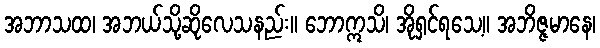
အဘာသထ၊ အဘယ်သို့ဆိုလေသနည်း။ ဘောဣသိ၊ အိုရှင်ရသေ့။ အဘိဇ္ဇမာနေ၊